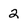
Character: 2